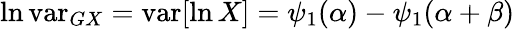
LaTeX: \ln\operatorname{var}_{GX}=\operatorname{var}[\ln X]=\psi_{1}(\alpha)-\psi_{1}(\alpha+\beta)